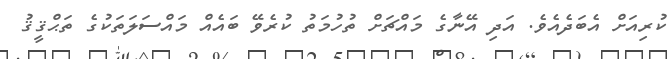
ކުރިއަށް އެބަދެއެވެ. އަދި އޭނާގެ މައްޗަށް ތުހުމަތު ކުރެވޭ ބައެއް މައްސަލަތަކުގެ ތަޙްޤީޤު